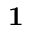
\mathbf { 1 }